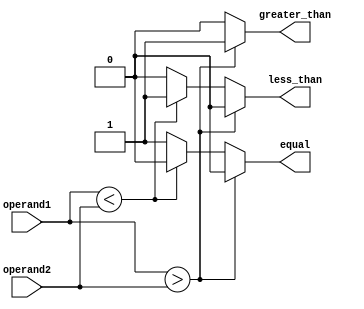
module magnitude_comparator (
    input [7:0] operand1,
    input [7:0] operand2,
    output reg greater_than,
    output reg less_than,
    output reg equal
);

reg [7:0] result;

always @* begin
    if (operand1 > operand2) begin
        greater_than = 1;
        less_than = 0;
        equal = 0;
    end else if (operand1 < operand2) begin
        greater_than = 0;
        less_than = 1;
        equal = 0;
    end else begin
        greater_than = 0;
        less_than = 0;
        equal = 1;
    end
end

endmodule